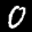
Label: 0